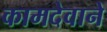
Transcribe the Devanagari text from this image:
कामदेवाने